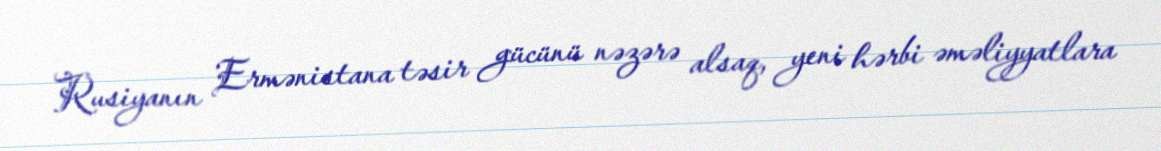
Rusiyanın Ermənistana təsir gücünü nəzərə alsaq, yeni hərbi əməliyyatlara